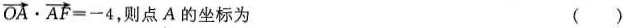
$$\overrightarrow{OA}\cdot \overrightarrow{AF}=-4$$ ，则点A的坐标为 ()